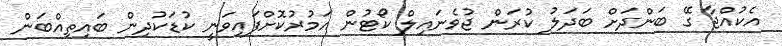
އެކުއްޖާ ގޭ ބަންދަށް ބަދަލު ކުރަން ޖުވެނައިލް ކޯޓުން އަމުރުކޮށްފައިވަނީ ކުޑަކުދިން ބައިތިއްބަން